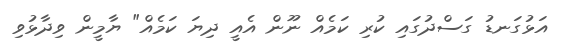
އަޅުގަނޑު ގަސްދުގައި ކުރި ކަމެއް ނޫން އެއީ ދިޔަ ކަމެއް" ޔާމީން ވިދާޅުވި